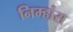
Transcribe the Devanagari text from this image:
निम्हांस